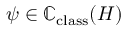
\psi \in \mathbb { C } _ { \mathrm { c l a s s } } ( H )